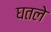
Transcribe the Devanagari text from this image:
घतले